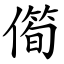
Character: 㒐